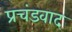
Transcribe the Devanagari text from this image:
प्रचंडवाद